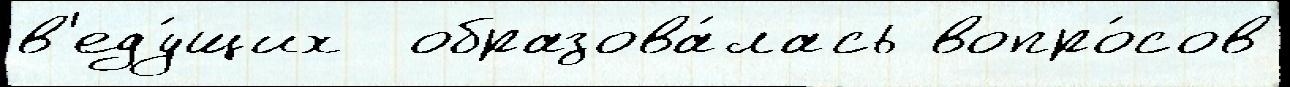
в'еду́щих  образова́лась вопро́сов